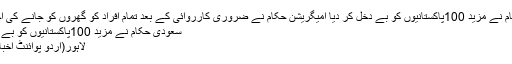
سعودی حکام نے مزید 100پاکستانیوں کو بے دخل کر دیا امیگریشن حکام نے ضروری کارروائی کے بعد تمام افراد کو گھروں کو جانے کی اجازت دیدی
سعودی حکام نے مزید 100پاکستانیوں کو بے دخل کر دیا
لاہور(اُردو پوائنٹ اخبارتازہ ترین۔